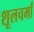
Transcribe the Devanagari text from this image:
शूलचर्मां